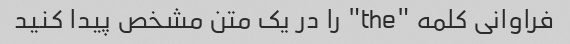
فراوانی کلمه "the" را در یک متن مشخص پیدا کنید